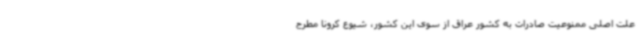
علت اصلی ممنوعیت صادرات به کشور عراق از سوی این کشور، شیوع کرونا مطرح